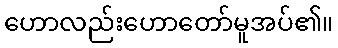
ဟောလည်းဟောတော်မူအပ်၏။